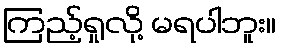
ကြည့်ရှုလို့ မရပါဘူး။